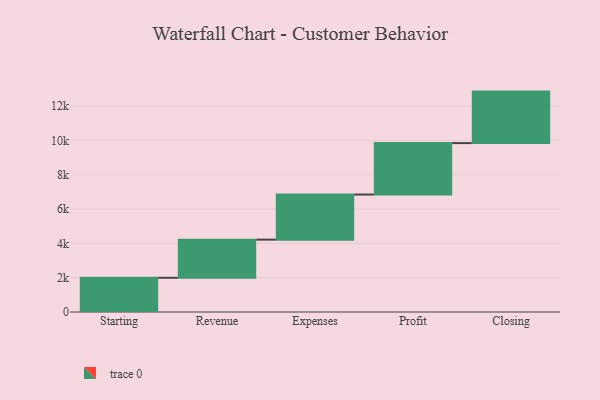
{"axis": {"x": "Step", "y": "Value"}, "legend": [""], "data": [{"x": "Starting", "y": 1994.0, "type": ""}, {"x": "Revenue", "y": 2224.0, "type": ""}, {"x": "Expenses", "y": 2627.0, "type": ""}, {"x": "Profit", "y": 3000, "type": ""}, {"x": "Closing", "y": 3000, "type": ""}]}